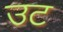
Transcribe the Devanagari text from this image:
उट